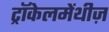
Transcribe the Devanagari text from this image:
ट्रॉकेलमेंथीज़